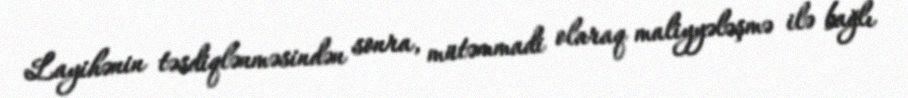
Layihənin təsdiqlənməsindən sonra, mütəmmadi olaraq maliyyələşmə ilə bağlı